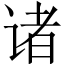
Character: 诸